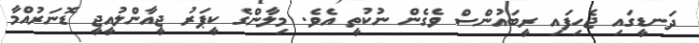
ދަނޑީގައި ޖެހިފައި ރީބައުންސް ވެގެން ނުކުތީ އެވެ. މިލާންގެ ކީޕަރު ޖީއާންލުއީޖީ ޑޮނަރުއްމާ